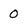
Character: 0